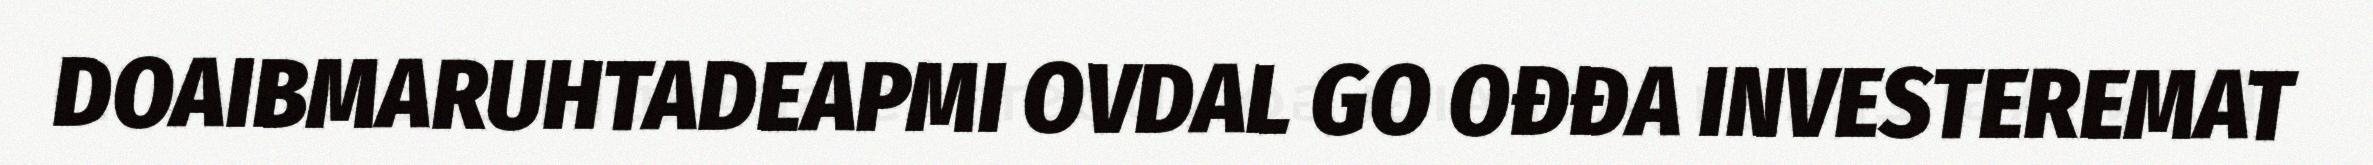
DOAIBMARUHTADEAPMI OVDAL GO OĐĐA INVESTEREMAT